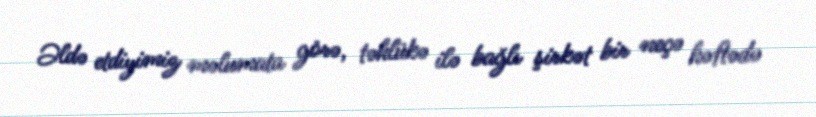
Əldə etdiyimiz məlumata görə, təhlükə ilə bağlı şirkət bir neçə həftədə